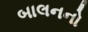
બાલનનો